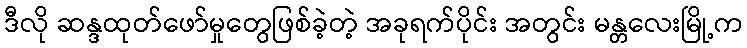
ဒီလို ဆန္ဒထုတ်ဖော်မှုတွေဖြစ်ခဲ့တဲ့ အခုရက်ပိုင်း အတွင်း မန္တလေးမြို့က